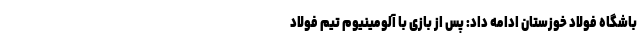
باشگاه فولاد خوزستان ادامه داد: پس از بازی با آلومینیوم تیم فولاد